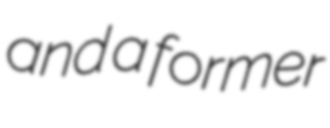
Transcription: and a former